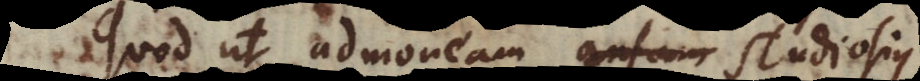
Quod ut admoneam ansam studiosius